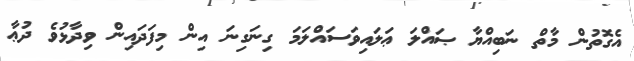
އެގޮތުން މާތް ނަބިއްޔާ ޞައްލަ ޢަލައިވަސައްލަމަ ގިނަގިނަ އިން މިފަދައިން ވިދާޅުވެ ދުޢާ